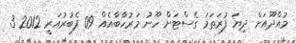
މުއްދޫއަށް ދިޔަ ފުރަތަމަ ގެސްޓަށް ހޫނު މަރުހާބާއެއް 09 ފެބުރުއަރީ 2012 3